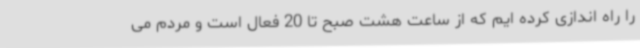
را راه اندازی کرده ایم که از ساعت هشت صبح تا 20 فعال است و مردم می